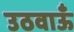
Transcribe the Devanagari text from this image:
उठवाऊँ